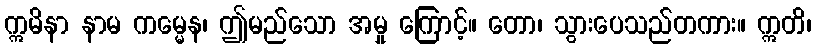
ဣမိနာ နာမ ကမ္မေန၊ ဤမည်သော အမှု ကြောင့်။ တော၊ သွားပေသည်တကား။ ဣတိ၊